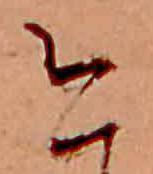
今